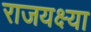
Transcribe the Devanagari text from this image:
राजयक्ष्या